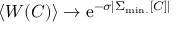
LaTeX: \left< W ( C ) \right> \to \mathrm { e } ^ { - \sigma \left| \Sigma _ { \mathrm { m i n . } } [ C ] \right| }